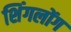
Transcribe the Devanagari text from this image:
शिंगलोंग